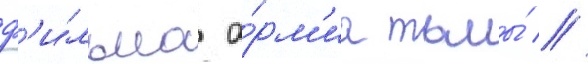
ф'и́льма а́рм'иа тьмы́ //